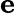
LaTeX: \textbf{e}